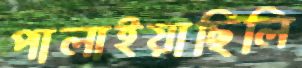
পালাইয়াছিলি